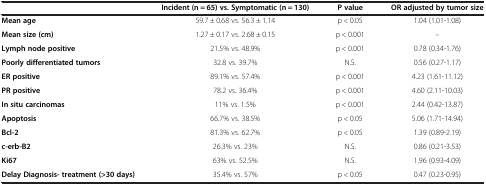
<table><thead><tr><td><b> </b></td><td><b>Incident (n = 65) vs. Symptomatic (n = 130)</b></td><td><b>P value</b></td><td><b>OR adjusted by tumor size</b></td></tr></thead><tbody><tr><td><b>Mean age</b></td><td>59.7 ± 0.68 vs. 56.3 ± 1.14</td><td>p &lt; 0.05</td><td>1.04 (1.01-1.08)</td></tr><tr><td><b>Mean size (cm)</b></td><td>1.27 ± 0.17 vs. 2.68 ± 0.15</td><td>p &lt; 0.001</td><td>--</td></tr><tr><td><b>Lymph node positive</b></td><td>21.5% vs. 48.9%</td><td>p &lt; 0.001</td><td>0.78 (0.34-1.76)</td></tr><tr><td><b>Poorly differentiated tumors</b></td><td>32.8 vs. 39.7%</td><td>N.S.</td><td>0.56 (0.27-1.17)</td></tr><tr><td><b>ER positive</b></td><td>89.1% vs. 57.4%</td><td>p &lt; 0.001</td><td>4.23 (1.61-11.12)</td></tr><tr><td><b>PR positive</b></td><td>78.2 vs. 36.4%</td><td>p &lt; 0.001</td><td>4.60 (2.11-10.03)</td></tr><tr><td><b>In situ carcinomas</b></td><td>11% vs. 1.5%</td><td>p &lt; 0.001</td><td>2.44 (0.42-13.87)</td></tr><tr><td><b>Apoptosis</b></td><td>66.7% vs. 38.5%</td><td>p &lt; 0.05</td><td>5.06 (1.71-14.94)</td></tr><tr><td><b>Bcl-2</b></td><td>81.3% vs. 62.7%</td><td>p &lt; 0.05</td><td>1.39 (0.89-2.19)</td></tr><tr><td><b>c-erb-B2</b></td><td>26.3% vs. 23%</td><td>N.S.</td><td>0.86 (0.21-3.53)</td></tr><tr><td><b>Ki67</b></td><td>63% vs. 52.5%</td><td>N.S.</td><td>1.96 (0.93-4.09)</td></tr><tr><td><b>Delay Diagnosis- treatment (&gt;30 days)</b></td><td>35.4% vs. 57%</td><td>p &lt; 0.05</td><td>0.47 (0.23-0.95)</td></tr></tbody></table>